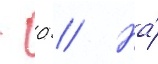
- 0 // На́